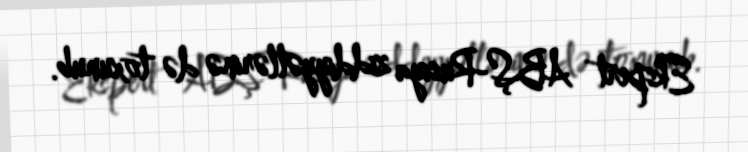
Ekspert ABŞ-Rusiya ziddiyyətlərinə də toxunub.